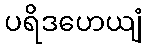
ပရိဒဟေယျံ